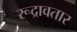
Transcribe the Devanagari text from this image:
रूद्रावतार